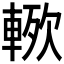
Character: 𮝗